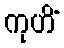
ကုဟိံ